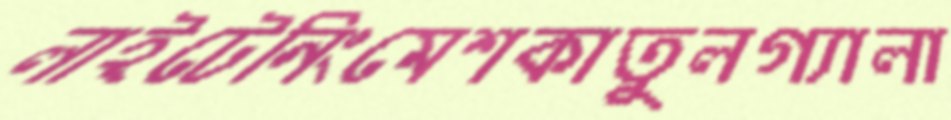
লাইটেনিংমেশকাতুলগ্যালা